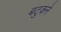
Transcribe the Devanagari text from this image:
बटुकने